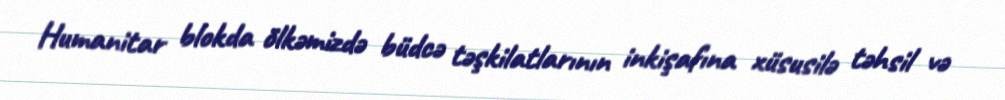
Humanitar blokda ölkəmizdə büdcə təşkilatlarının inkişafına xüsusilə təhsil və